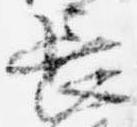
長